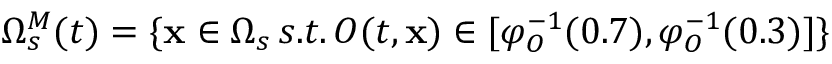
\Omega _ { s } ^ { M } ( t ) = \{ \mathbf { x } \in \Omega _ { s } \, s . t . \, O ( t , \mathbf { x } ) \in [ \varphi _ { O } ^ { - 1 } ( 0 . 7 ) , \varphi _ { O } ^ { - 1 } ( 0 . 3 ) ] \}